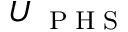
U _ { \mathrm { ~ \tiny ~ P ~ H ~ S ~ } }